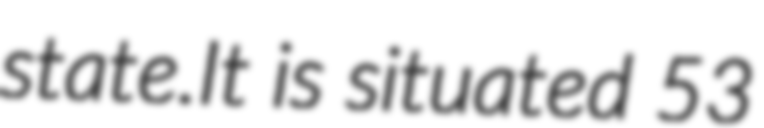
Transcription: state.It is situated 53